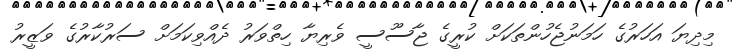
މިދިޔަ އަހަރުގެ ހަމަނުޖެހުންތަކަށް ކުރީގެ ޖާސޫސީ ވެރިޔާ ހިތްވަރު ދެއްވިކަމަށް ސަރުކާރުގެ ވަޒީރު